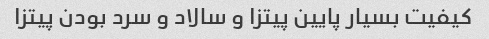
کیفیت بسیار پایین پیتزا و سالاد و سرد بودن پیتزا